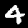
Label: 4